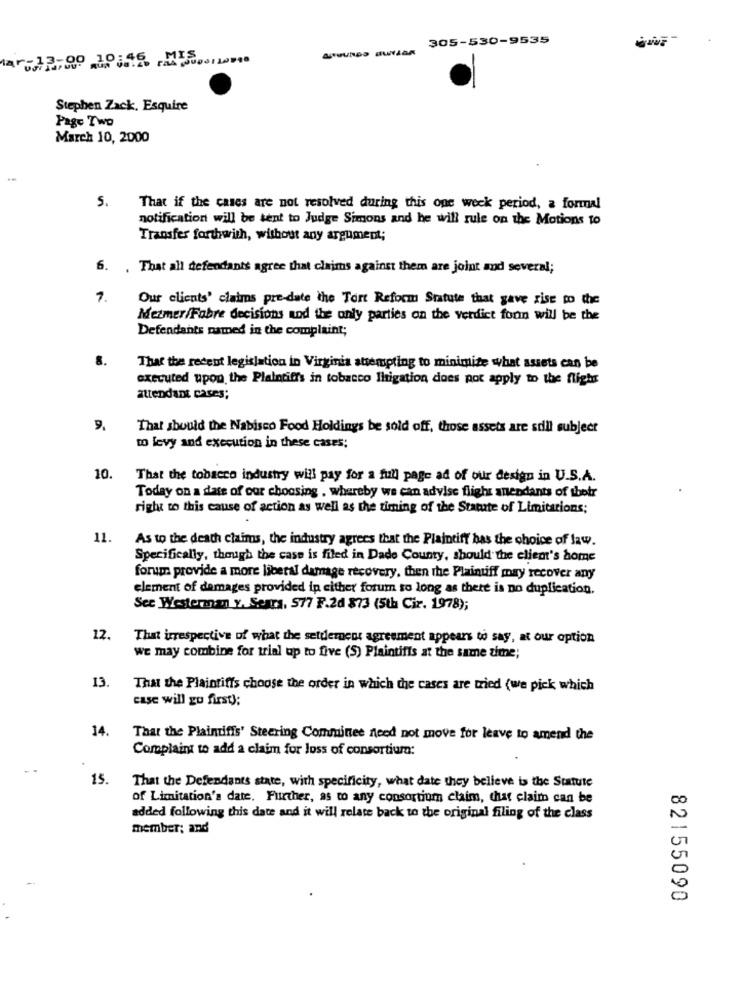
305-530-9535
ar-12-00 10012 1 ..... 10
Stephen Zack, Esquire
Page Two
March 10, 2000
S.
That if the cases are not resolved during this one week period, a formal
notification will be sent to Judge Simons and he will rule on the Motions to
Transfer forthwith, without any argument;
6. .
That all defendants agree that claims against them are joint and several;
7.
Our clients' claims pre-date the Tort Reform Statute that gave rise to the
Mezmer/Fabre decisions and the only parties on the verdict foun will be the
Defendants named in the complaint;
8.
That the recent legislation in Virginia attempting to minimize what assets can be
executed upon the Plaintiffs in tobacco Ihtigation does not apply to the flight
attendant cases;
9,
That should the Nabisco Food Holdings be sold off, those assets are still subject
to levy and execution in these cases;
10.
That the tobacco industry will pay for a full page ad of our design in U.S.A.
Today on a date of our choosing , whereby we can advise flight anendants of thetr
right to this cause of action as well as the timing of the Statute of Limitations;
11.
As to the death claims, the industry agrees that the Plaintiff has the choice of law.
Specifically, though the case is filed in Dade County, should the client's home
form provide a more liberal damage recovery, then the Plainuff may recover any
element of damages provided ip either forum so long as there is no duplication.
See Westerman y. Sears, 577 F.2d 873 (5th Ciz. 1978);
12.
That irrespective of what the settlement agreement appears to say, at our option
we may combine for trial up to five (S) Plaintiffs at the same time;
13.
That the Plaintiffs choose the order in which the cases are tried (we pick which
case will go first);
14.
That the Plaintiffs' Steering Committee need not move for leave to amend the
Complaint to add a claim for loss of consortium:
- -
15.
That the Defendants state, with specificity, what date they believe is the Statute
of Limitation's date. Further, as to any consortium claim, chat claim can be
added following this date and it will relate back to the original filing of the class
member; and
82155090